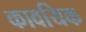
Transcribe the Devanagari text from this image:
कावयिक